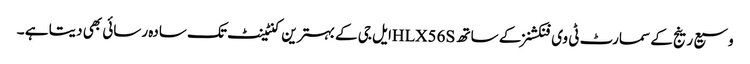
وسیع رینج کے سمارٹ ٹی وی فنکشنز کے ساتھ HLX56Sایل جی کے بہترین کنٹینٹ تک سادہ رسائی بھی دیتا ہے ۔